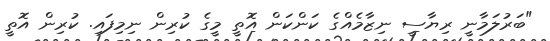
"ބަރުލަމާނީ ރިޔާސީ ނިޒާމެއްގެ ކަންކަން އޮތީ މީގެ ކުރިން ނިމިފައި. ކުރިން އޮތީ